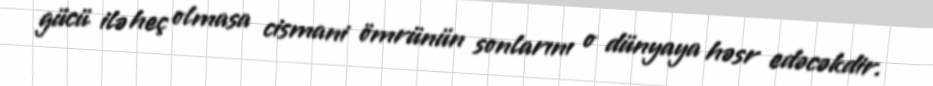
gücü ilə heç olmasa cismani ömrünün sonlarını o dünyaya həsr edəcəkdir.